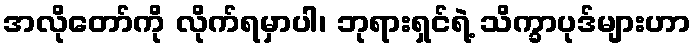
အလိုတော်ကို လိုက်ရမှာပါ၊ ဘုရားရှင်ရဲ့ သိက္ခာပုဒ်များဟာ